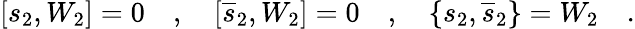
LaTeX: [s_{2},W_{2}]=0\quad,\quad[\overline{{{s}}}_{2},W_{2}]=0\quad,\quad\{ s_{2},\overline{{{s}}}_{2}\} =W_{2}\quad.